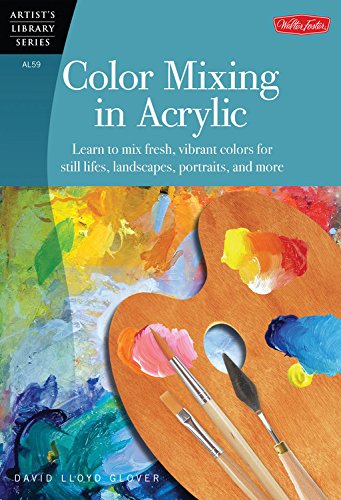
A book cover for Color Mixing in Acrylic: Learn to mix fresh, vibrant colors for still lifes, landscapes, portraits, and more (Artist's Library); David Lloyd Glover; Arts & Photography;